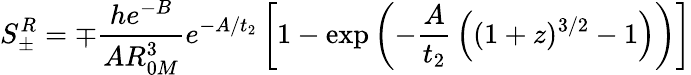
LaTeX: S_{\pm}^{R}=\mp{\frac{he^{-B}}{AR_{0M}^{3}}}e^{-A/t_{2}}\left[1-\exp\left(-{\frac{A}{t_{2}}}\left((1+z)^{3/2}-1\right)\right)\right]